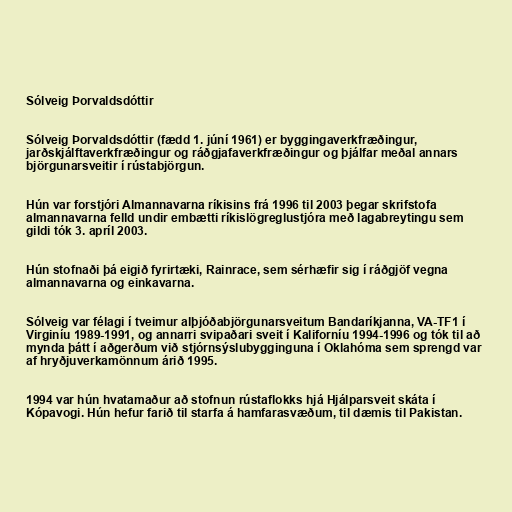
Sólveig Þorvaldsdóttir

Sólveig Þorvaldsdóttir (fædd 1. júní 1961) er byggingaverkfræðingur,
jarðskjálftaverkfræðingur og ráðgjafaverkfræðingur og þjálfar meðal annars
björgunarsveitir í rústabjörgun.

Hún var forstjóri Almannavarna ríkisins frá 1996 til 2003 þegar skrifstofa
almannavarna felld undir embætti ríkislögreglustjóra með lagabreytingu sem
gildi tók 3. apríl 2003.

Hún stofnaði þá eigið fyrirtæki, Rainrace, sem sérhæfir sig í ráðgjöf vegna
almannavarna og einkavarna.

Sólveig var félagi í tveimur alþjóðabjörgunarsveitum Bandaríkjanna, VA-TF1 í
Virginíu 1989-1991, og annarri svipaðari sveit í Kaliforníu 1994-1996 og tók til að
mynda þátt í aðgerðum við stjórnsýslubygginguna í Oklahóma sem sprengd var
af hryðjuverkamönnum árið 1995.

1994 var hún hvatamaður að stofnun rústaflokks hjá Hjálparsveit skáta í
Kópavogi. Hún hefur farið til starfa á hamfarasvæðum, til dæmis til Pakistan.